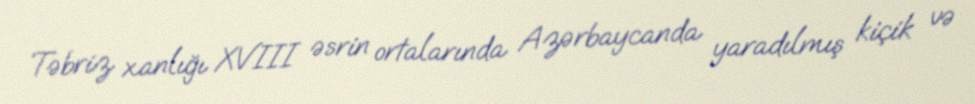
Təbriz xanlığı XVIII əsrin ortalarında Azərbaycanda yaradılmış kiçik və